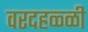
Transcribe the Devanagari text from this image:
वरदहळ्ळी